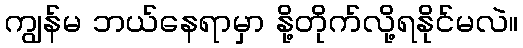
ကျွန်မ ဘယ်နေရာမှာ နို့တိုက်လို့ရနိုင်မလဲ။